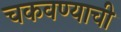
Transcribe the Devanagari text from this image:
चकवण्याची